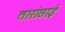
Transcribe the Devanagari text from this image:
तारांछाई